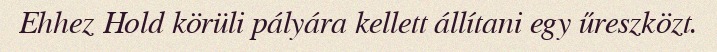
Ehhez Hold körüli pályára kellett állítani egy űreszközt.